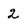
Character: 2